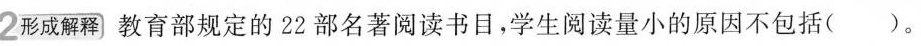
2形成解释 教育部规定的22部名著阅读书目，学生阅读量小的原因不包括( )。